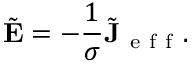
\tilde { \mathbf { E } } = - \frac { 1 } { \sigma } \tilde { \mathbf { J } } _ { \mathrm { ~ e ~ f ~ f ~ } } .